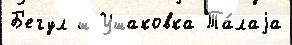
Б'егул ш Ушаковка Та́лаjа